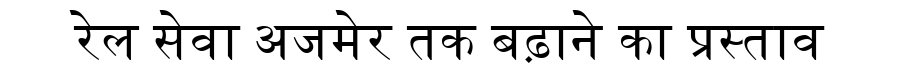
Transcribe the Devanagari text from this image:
रेल सेवा अजमेर तक बढ़ाने का प्रस्ताव